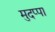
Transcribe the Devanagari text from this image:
मुदप्पा